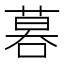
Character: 𠻚